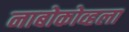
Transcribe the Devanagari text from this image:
नाबोकोव्हला